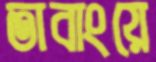
তাবাংয়ে